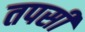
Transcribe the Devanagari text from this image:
तपसी